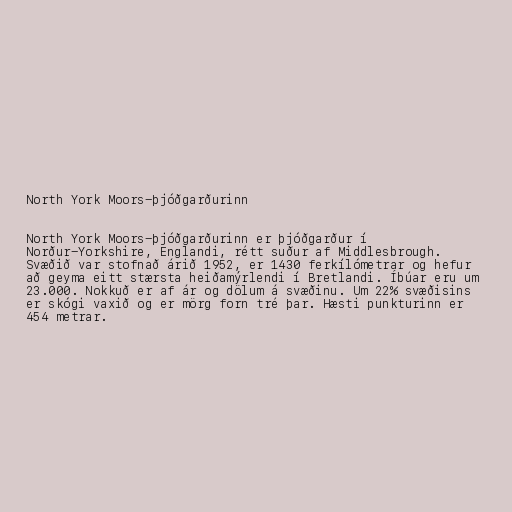
North York Moors-þjóðgarðurinn

North York Moors-þjóðgarðurinn er þjóðgarður í
Norður-Yorkshire, Englandi, rétt suður af Middlesbrough.
Svæðið var stofnað árið 1952, er 1430 ferkílómetrar og hefur
að geyma eitt stærsta heiðamýrlendi í Bretlandi. Íbúar eru um
23.000. Nokkuð er af ár og dölum á svæðinu. Um 22% svæðisins
er skógi vaxið og er mörg forn tré þar. Hæsti punkturinn er
454 metrar.